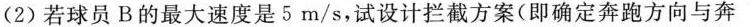
(2)若球员B的最大速度是5m/s，试设计拦截方案(即确定奔跑方向与奔